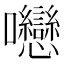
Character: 𡆕